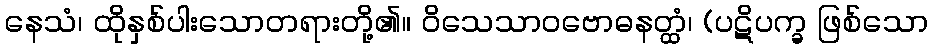
နေသံ၊ ထိုနှစ်ပါးသောတရားတို့၏။ ဝိသေသာဝဗောဓနတ္ထံ၊ (ပဋိပက္ခ ဖြစ်သော